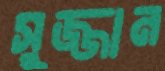
সুজ্জান